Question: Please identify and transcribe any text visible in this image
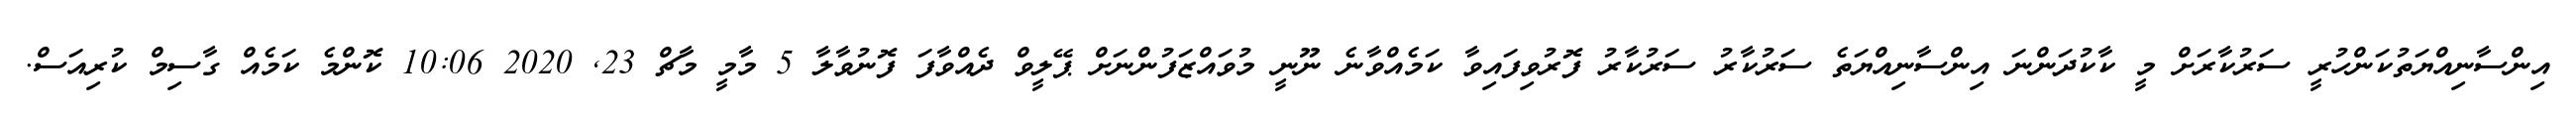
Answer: އިންސާނިއްޔަތުކަންހުރީ ސަރުކާރަށް މީ ކާކުދަންނަ އިންސާނިއްޔަތެ ސަރުކާރު ސަރުކާރު ފޮރުވިފައިވާ ކަމެއްވާނެ ނޫނީ މުވައްޒަފުންނަށް ޕޭލީވް ދެއްވާފަ ފޮނުވާލާ 5 މާމީ މާޗް 23, 2020 10:06 ކޮންމެ ކަމެއް ގާސިމް ކުރިއަސް.